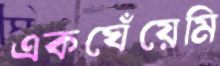
একঘেঁয়েমি